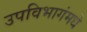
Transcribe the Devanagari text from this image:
उपविभागंमधे